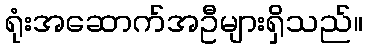
ရုံးအဆောက်အဦများရှိသည်။